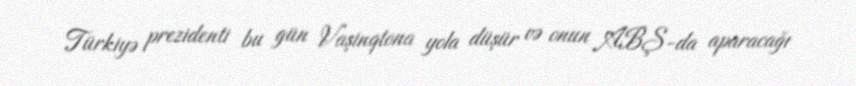
Türkiyə prezidenti bu gün Vaşinqtona yola düşür və onun ABŞ-da aparacağı